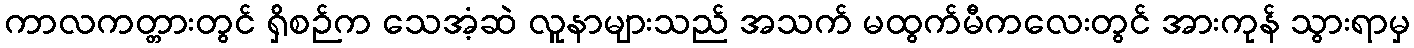
ကာလကတ္တားတွင် ရှိစဉ်က သေအံ့ဆဲ လူနာများသည် အသက် မထွက်မီကလေးတွင် အားကုန် သွားရာမှ